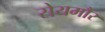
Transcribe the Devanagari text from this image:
सेयमौर